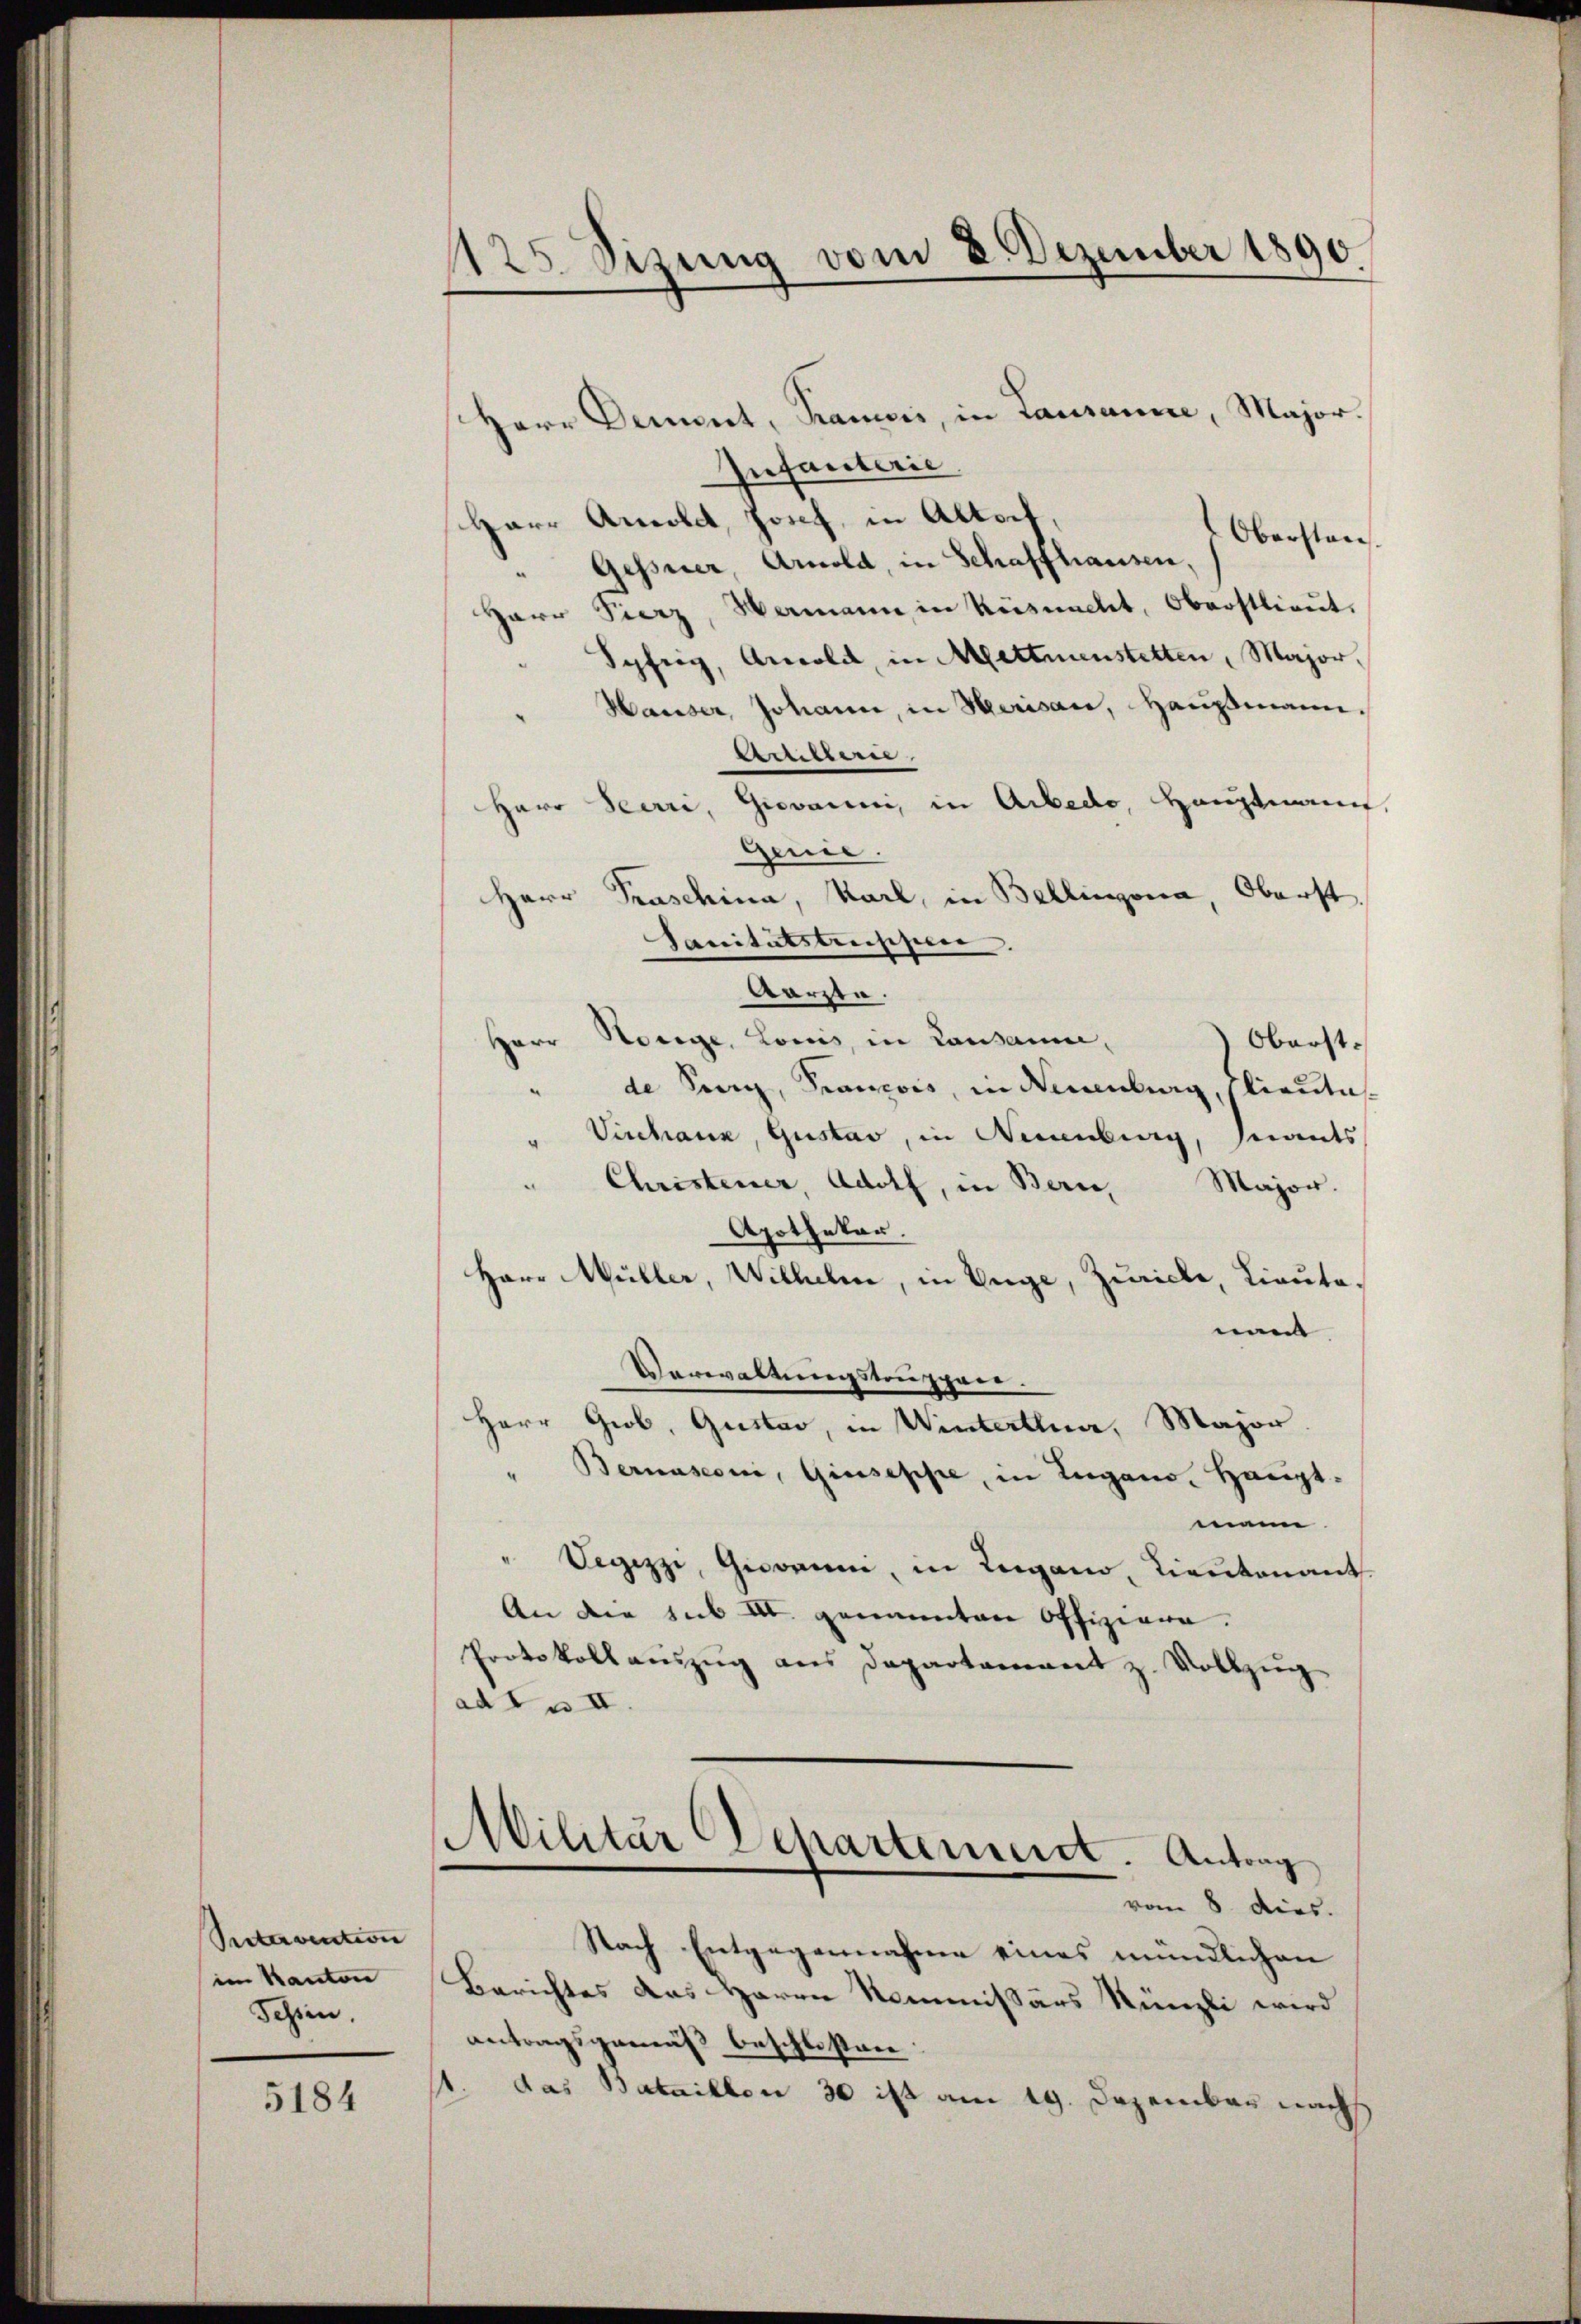
Petervention
im Kanton
Schien.

5184

125 Sizung vom 2. Dezember 1890.

Herr Dement, Kandis, in Lausanne, Major.
Infanterie
Harr Ancolet, Josef, in Altort,
Oberstan
"Gesserer, Arnold, in Schaffhausen,
Herr Fierz, Mamann in Küsnacht, Oberstlieŭt.
Syfrig, Arcold, in Mettmenstetten, Major,
Hauser, Johann, in Herisau, Hausmann.
Achillerie
Herr Seerri, Giovane, in Arbedo, Hauptmann,
Genie.
Herr Praschina, Karl, in Bellinzona, Oberst,
Sanitätstrischen.
wärzte.
Honige, Louis in Lausamme,
Herr
Oberstde Serg, Francois, in denburg, Flieute
Vischann, Gustav, in Neuenburg, seinents
Christeuer, Adolf, in Bern, Major.
Apothekar
Herr Müller, Wilhelm, in Enge, Zuricle, Lieutemu
Verwaltmeisten spaer.
Herr Grob, Gustav, in Winterthur, Major.
" Bernasconi, Giuseppe, in Lugano, Haupt-
mann.
Vegezzi, Giorni, in Lugano, Lieutenant
An die sub III genannten Offiziere.
Protokoll aŭszŭg ans Departamant z. Vollzŭg
ad 1. II
Militär Departement. Antrag
vom 8. dies.
Nach Entgegennahme eines mündlichen
Berichtes das Herrn Kommissärs Künzli wird
antragsgemäß beschlossen.
das Bataillon 30 ist am 19. Dezember nach